Eestimaa_Kommunistliku_Partei_Keskkomitee, lk 75
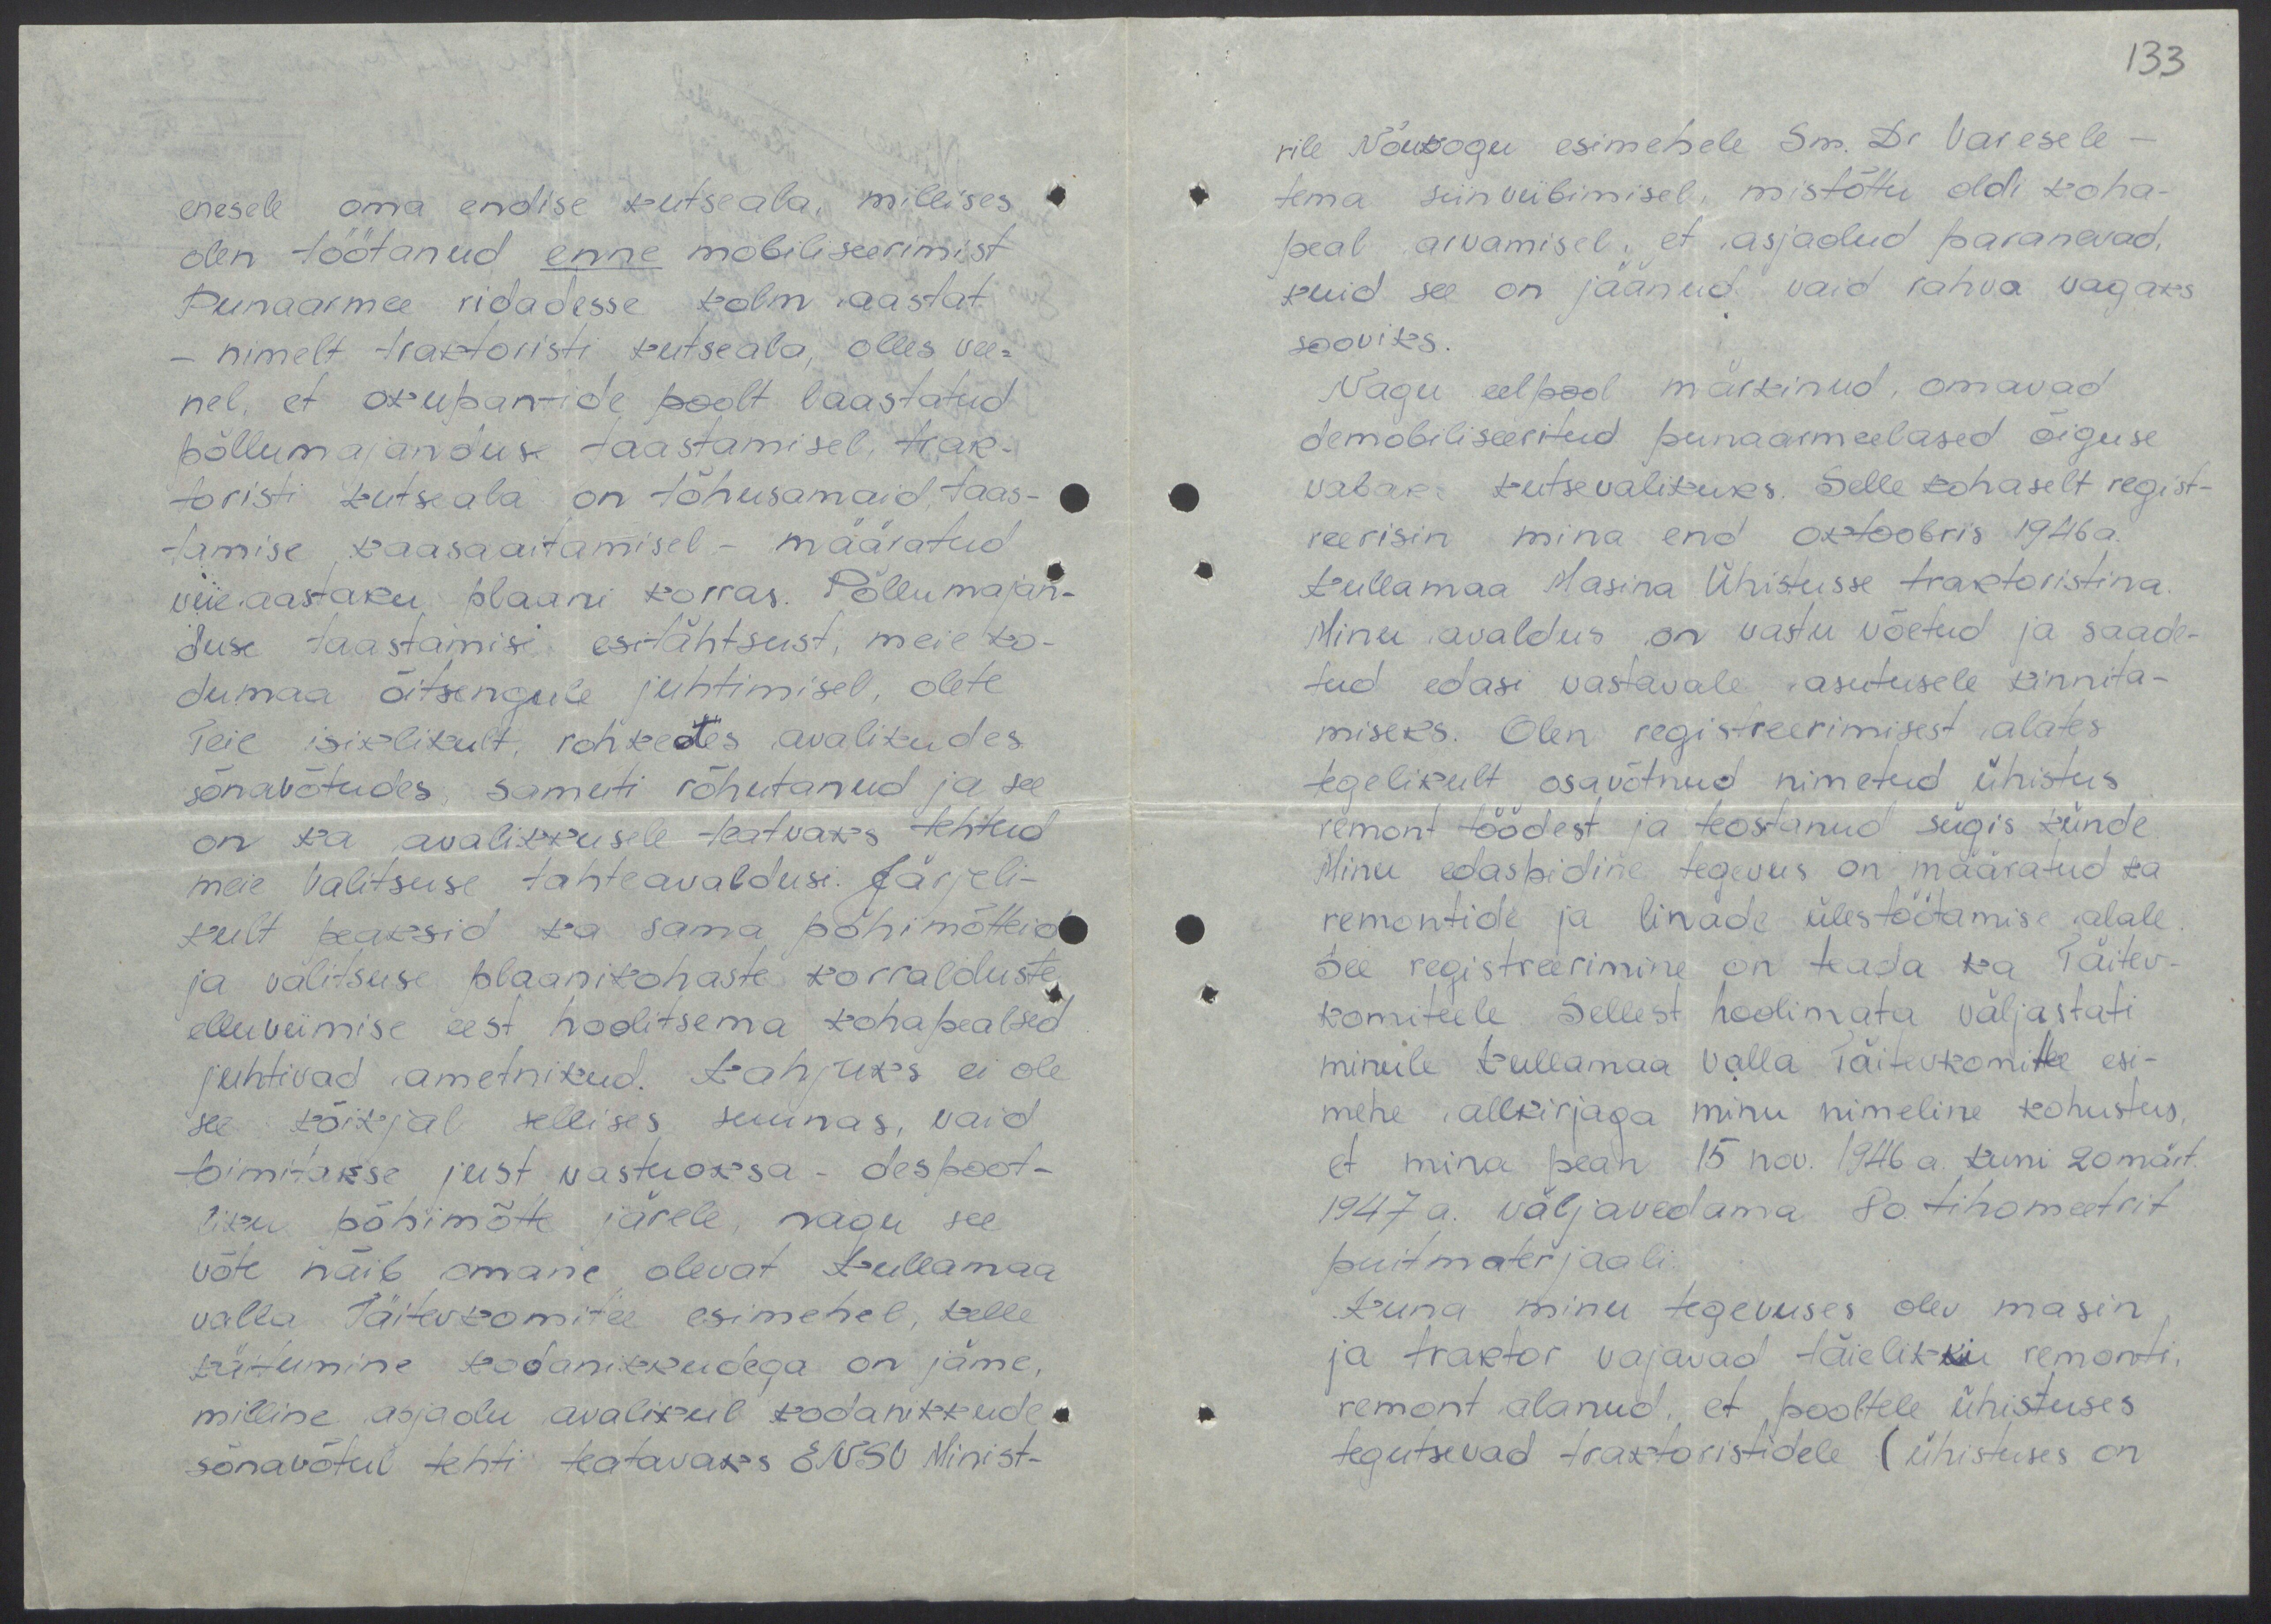
133

enesele oma endise kutseala, millises
olen töötanud enne mobiliseerimist
Punaarmee ridadesse kolm aastat
- nimelt traktoristi kutseala, olles vee-
nel, et okupantide poolt laastatud
põllumajanduse taastamisel, trak-
toristi kutseala on tõhusamaid, taas-
tamise kaasaatamisel - määratud
viie aastaku plaani korras. Põllumajan-
duse taastamisi esitähtsust, meie ko-
dumaa õitsengule juhtimisel, olete
Teie isiklikult, rohketes avalikudes
sõnavõtudes samuti rõhutanud ja see
on ka avalikkusele teatvaks tehtud
meie Valitsuse tahteavaldusi. Järjeli-
kult peaksid ka sama põhimõtteid
ja valitsuse plaanikohaste korralduste
elluviimise eest hoolitsema kohapealsed
juhtivad ametnikud. Kahjuks ei ole
see kõikjal sellises suunas, vaid
toimitakse just vastuoksa - despoot-
liku põhimõtte järele, nagu see
võte näib omane olevat Kullamaa
valla Täitevkomitee esimehel, kelle
käitumine kodanikkudega on jäme,
milline asjaolu avalikul kodanikkude
sõnavõtul tehti teatavaks ENSV Minist-

rile Nõukogu esimehele Sm. Dr. Varesele -
tema siinviibimisel, mistõttu oldi koha-
peal arvamisel, et asjaolud paranavad,
kuid see on jäänud vaid rahva vagaks
sooviks.
Nagu eelpool maitinud, omavad
demobiliseeritud punaarmeelased õiguse
vabaks tutsevalikuks. Selle kohaselt regist-
reerisin mina end oktoobris 1946 a.
Kullamaa Masina Ühistusse traktoristina.
Minu avaldus on vastu võetud ja saade-
tud edasi vastavale asutusele kinnita-
miseks. Olen registreerimisest alates
tegelikult osavõtnud nimetud ühistus
remont töödest ja teostanud sügis künde
Minu edaspidine tegevus on määratud ka
remontide ja linade ülestöötamise alale
See registreerimine on teada ka Täitev-
komiteele. Sellest hoolimata väljastati
minule Kullamaa valla Täitevkomitee esi-
mehe allkirjaga minu nimeline kohustus,
et mina pean 15 nov. 1946 a. kuni 20 märt.
1947 a. väljavedama 80. tihometrit
puitmaterjaali.
Kuna minu tegevuses olev masin
ja traktor vajavad täielikku remonti,
remont alanud, et pooltele ühistuses
tegutsevad traktoristidele (ühistuses on